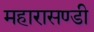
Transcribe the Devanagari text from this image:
महारासण्डी